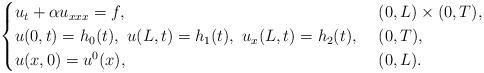
LaTeX: \begin{align*}\begin{cases}u_t+ \alpha u_{xxx}=f,& \,\, (0,L)\times (0,T), \\u(0,t) = h_0(t),\,\,u(L,t) = h_1(t),\,\,u_{x}(L,t) = h_2(t), & \,\, (0,T),\\u(x,0)=u^0(x), & \,\, (0,L).\end{cases}\end{align*}